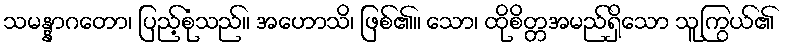
သမန္နာဂတော၊ ပြည့်စုံသည်။ အဟောသိ၊ ဖြစ်၏။ သော၊ ထိုစိတ္တအမည်ရှိသော သူကြွယ်၏